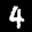
Label: 4